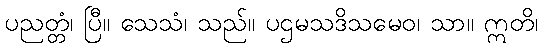
ပညတ္တံ၊ ပြီ။ သေသံ၊ သည်။ ပဌမသဒိသမေဝ၊ သာ။ ဣတိ၊